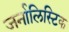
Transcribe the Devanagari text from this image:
जर्नालिस्टिक